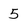
Character: 5